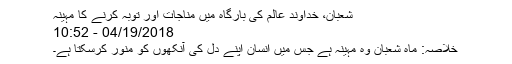
شعبان، خداوند عالم کی بارگاہ میں مناجات اور توبہ کرنے کا مہینہ
04/19/2018 - 10:52
خلاصہ: ماہ شعبان وہ مہینہ ہے جس میں انسان اپنے دل کی آنکھوں کو منور کرسکتا ہے۔